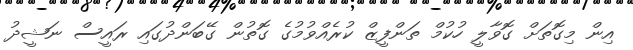
އިން މިގޮތަށް ގޮވާލީ ހުކުމް ތަންފީޒް ކުރެއްވުމުގެ ގޮތުން ގޭބަންދުގައި ރައީސް ނަޝީދު